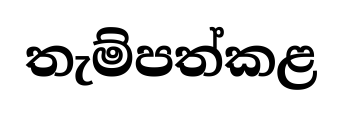
තැම්පත්කළ